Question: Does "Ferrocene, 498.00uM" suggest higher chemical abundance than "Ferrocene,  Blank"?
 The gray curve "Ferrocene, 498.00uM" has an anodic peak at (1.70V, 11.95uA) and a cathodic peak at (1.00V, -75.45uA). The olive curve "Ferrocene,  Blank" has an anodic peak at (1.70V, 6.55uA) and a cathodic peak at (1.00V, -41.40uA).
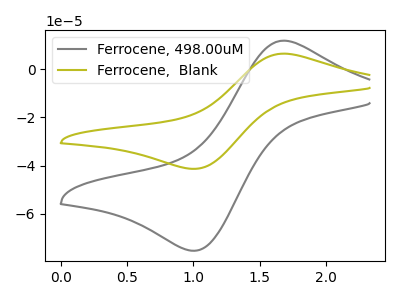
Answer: <think>All the peaks in "Ferrocene, 498.00uM" have a peak in "Ferrocene,  Blank" at the same potential. Every peak in "Ferrocene, 498.00uM" is higher than every peak in "Ferrocene,  Blank".
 </think>
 <answer>"Ferrocene, 498.00uM" has more signal than "Ferrocene,  Blank".</answer>
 <eval>more_signal</eval>